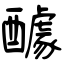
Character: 醵